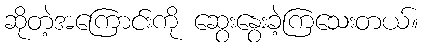
ဆိုတဲ့အကြောင်းကို ဆွေးနွေးခဲ့ကြသေးတယ်။